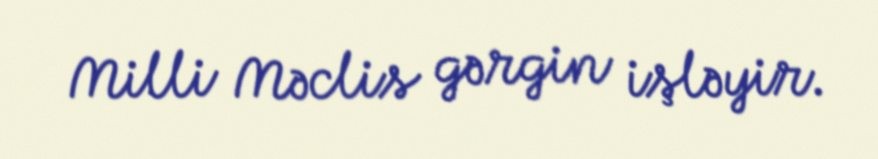
Milli Məclis gərgin işləyir.